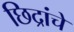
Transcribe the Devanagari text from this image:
छिद्रांचे